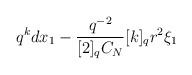
LaTeX: \begin{align*}q^k dx_1 - \frac{q^{-2}}{[2]_q C_N} [k]_q r^2 \xi_1\end{align*}